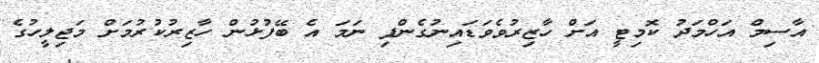
އާސިމް އަހްމަދު ކޮމިޓީ އަށް ހާޒިރުވެވަޑައިނުގެންފި ނަމަ އެ ބޭފުޅުން ހާޒިރުކުރުމަށް މަޖިލީހުގެ